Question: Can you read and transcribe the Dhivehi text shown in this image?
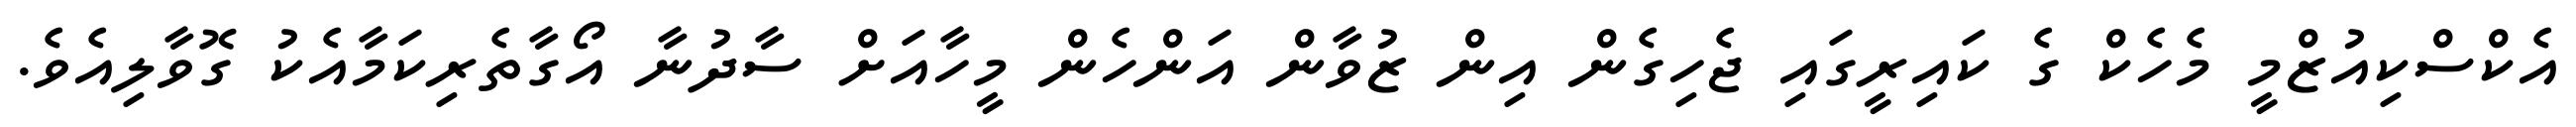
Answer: އެކްސްކިއުޒްމީ މެހެކް ގެ ކައިރީގައި ޖެހިގެން އިން ޒުވާން އަންހެން މީހާއަށް ސާދުނާ އޯގާތެރިކަމާއެކު ގޮވާލިއެވެ.